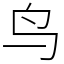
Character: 鸟